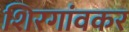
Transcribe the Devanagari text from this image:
शिरगांवकर